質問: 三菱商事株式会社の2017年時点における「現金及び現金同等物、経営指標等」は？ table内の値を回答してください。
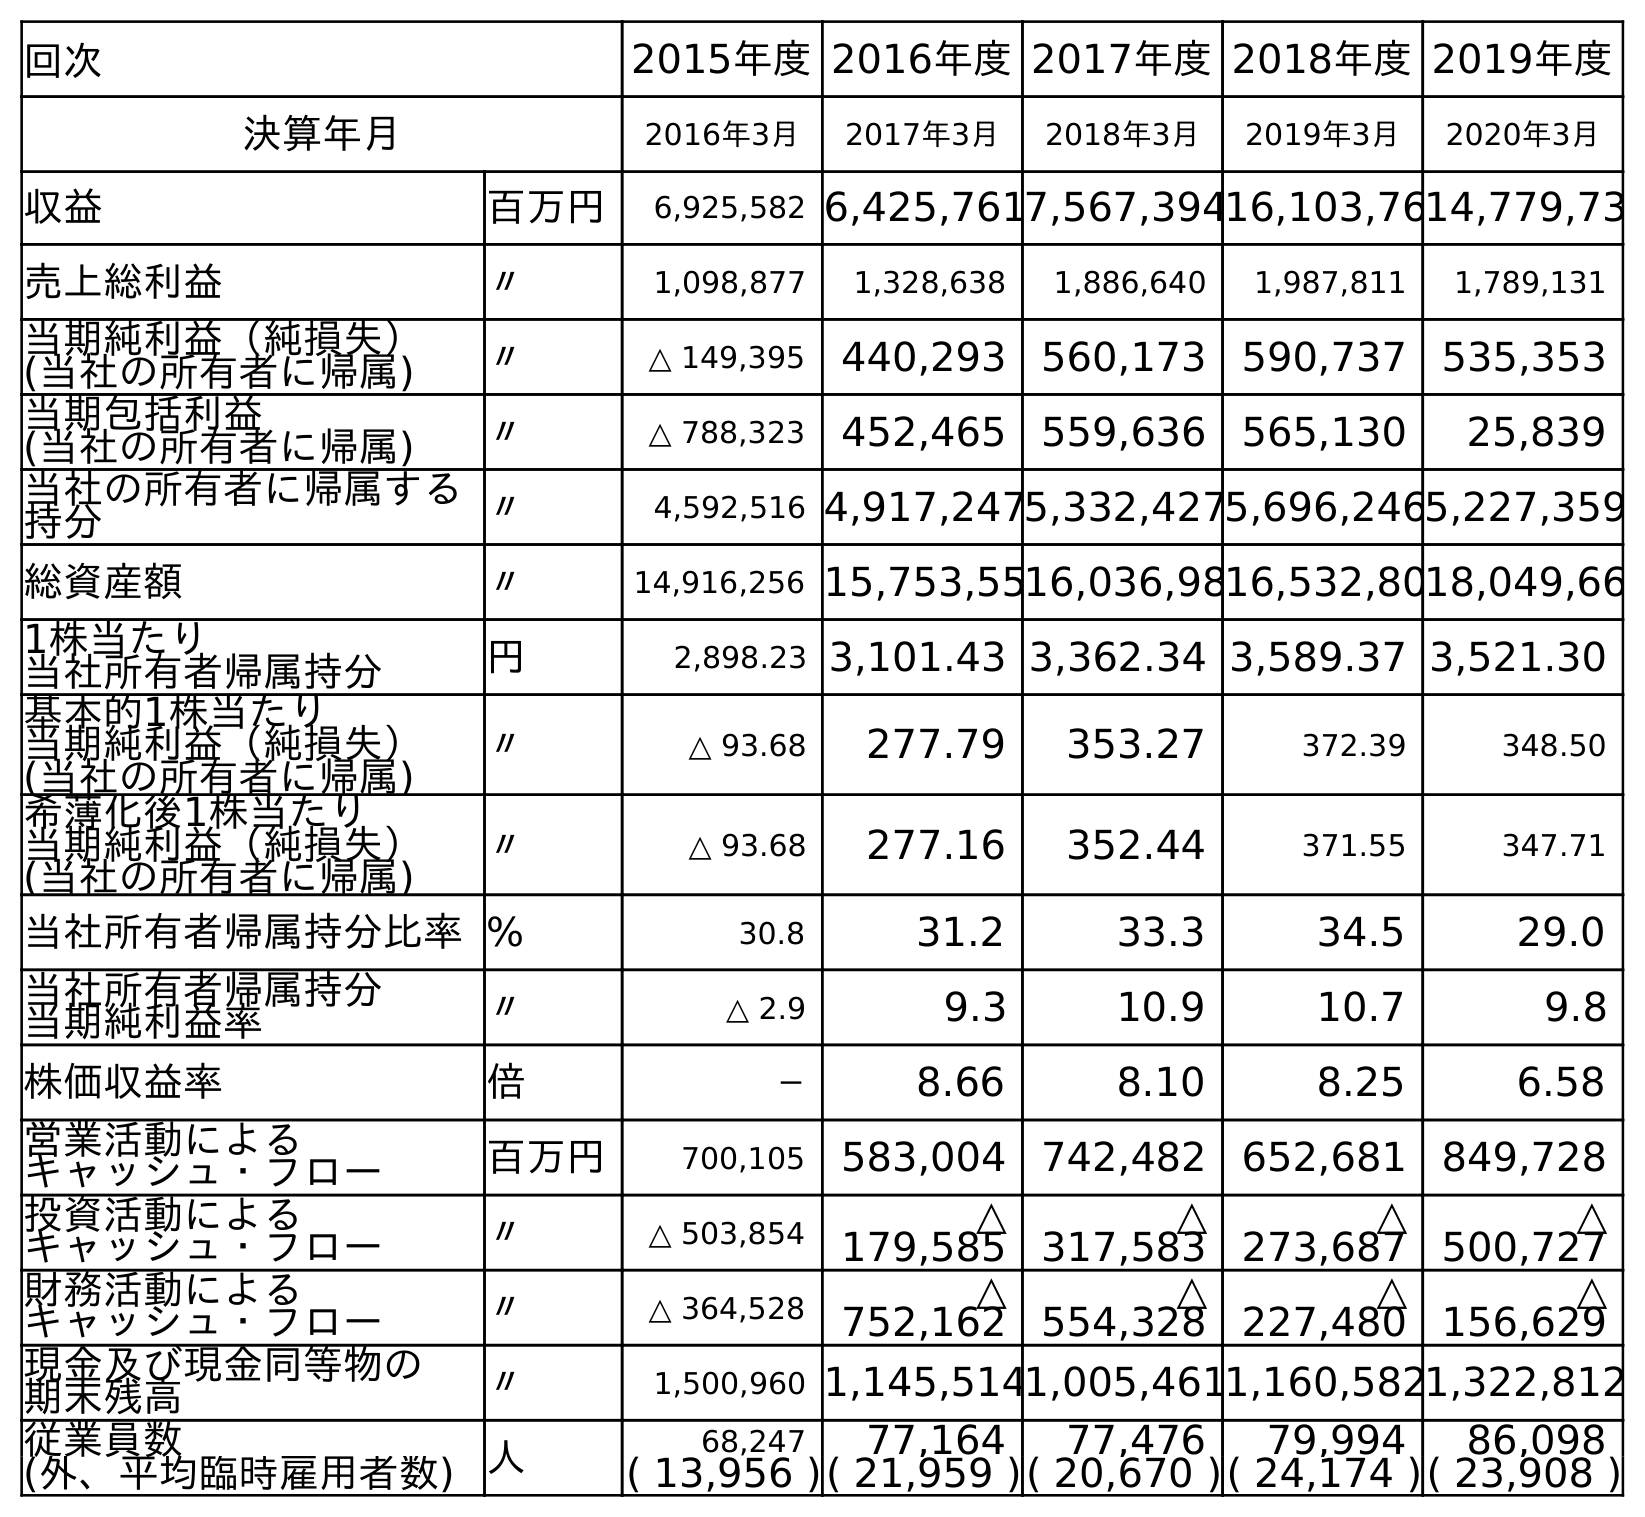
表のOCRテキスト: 回次 2015年度2016年度2017年度2018年度2019年度 決算年月 2016年3月 2017年3月 2018年3月 2019年3月 2020年3月 収益 百万円 6,925,582 6,425,7617,567,39416,103,7614,779,73 売上総利益 〃 1,098,877 1,328,638 1,886,640 1,987,811 1,789,131 当期純利益（純損失） (当社の所有者に帰属) 〃 △ 149,395 440,293 560,173 590,737 535,353 当期包括利益 (当社の所有者に帰属) 〃 △ 788,323 452,465 559,636 565,130 25,839 当社の所有者に帰属する 持分 〃 4,592,516 4,917,2475,332,4275,696,2465,227,359 総資産額 〃 14,916,256 15,753,5516,036,9816,532,8018,049,66 1株当たり 当社所有者帰属持分 円 2,898.23 3,101.43 3,362.34 3,589.37 3,521.30 基本的1株当たり 当期純利益（純損失） (当社の所有者に帰属) 〃 △ 93.68 277.79 353.27 372.39 348.50 希薄化後1株当たり 当期純利益（純損失） (当社の所有者に帰属) 〃 △ 93.68 277.16 352.44 371.55 347.71 当社所有者帰属持分比率% 30.8 31.2 33.3 34.5 29.0 当社所有者帰属持分 当期純利益率 〃 △ 2.9 9.3 10.9 10.7 9.8 株価収益率 倍 － 8.66 8.10 8.25 6.58 営業活動による キャッシュ・フロー 百万円 700,105 583,004 742,482 652,681 849,728 投資活動による キャッシュ・フロー 〃 △ 503,854 △ 179,585 △ 317,583 △ 273,687 △ 500,727 財務活動による キャッシュ・フロー 〃 △ 364,528 △ 752,162 △ 554,328 △ 227,480 △ 156,629 現金及び現金同等物の 期末残高 〃 1,500,960 1,145,5141,005,4611,160,5821,322,812 従業員数 人 68,247 77,164 77,476 79,994 86,098 (外、平均臨時雇用者数) ( 13,956 )( 21,959 )( 20,670 )( 24,174 )( 23,908 )
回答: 1,145,514